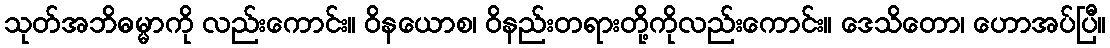
သုတ်အဘိဓမ္မာကို လည်းကောင်း။ ဝိနယောစ၊ ဝိနည်းတရားတို့ကိုလည်းကောင်း။ ဒေသိတော၊ ဟောအပ်ပြီ။